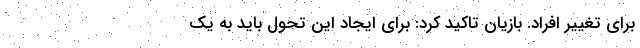
برای تغییر افراد. بازیان تاکید کرد: برای ایجاد این تحول باید به یک